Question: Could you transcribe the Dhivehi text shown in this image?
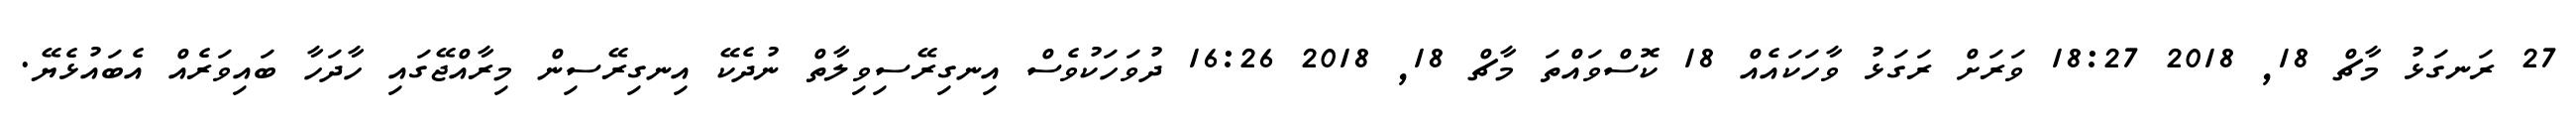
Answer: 27 ރަނގަޅު މާޗް 18, 2018 18:27 ވަރަށް ރަގަޅު ވާހަކައެއް 18 ކޮސްވައްތަ މާޗް 18, 2018 16:26 ދުވަހަކުވެސް އިނގިރޭސިވިލާތް ނުދެކޭ އިނގިރޭސިން މިރާއްޖޭގައި ހާދަހާ ބައިވަރެއް އެބައުޅެޔޭ.